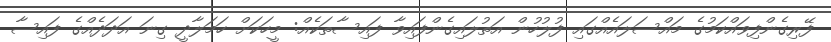
ފޭރިގެންފިވައްކަމުގެ މައްސަލައެއްގައި ފުލުހުން އަތުލައިގެންފައިވާ ފައިސާތަކެއް: މީހަކަށް ހަމަލާދީ ގިނަ އަދަދެއްގެ ފައިސާ